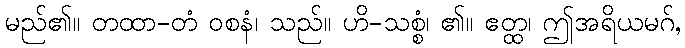
မည်၏။ တထာ-တံ ဝစနံ၊ သည်။ ဟိ-သစ္စံ၊ ၏။ ဧတ္ထ၊ ဤအရိယမဂ်,